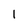
Character: l